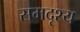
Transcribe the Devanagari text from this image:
समदृश्य